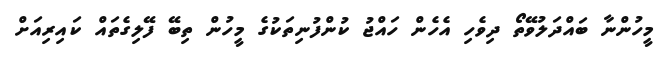
މީހުންނާ ބައްދަލުވޭތޯ ދިވެހި އެހެން ހައްޖު ކުންފުނިތަކުގެ މީހުން ތިބޭ ފޭލިގެތައް ކައިރިއަށް